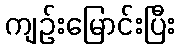
ကျဉ်းမြောင်းပြီး